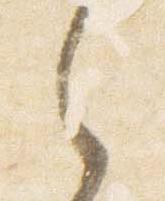
之